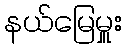
နယ်မြေမှူး